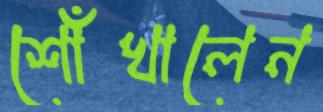
শোঁখালেন